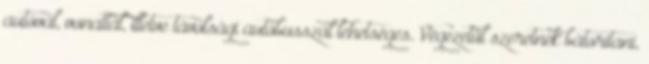
autóval, vonattal, illetve távolsági autóbusszal lehetséges. Végezetül szeretnék bátorítani,